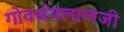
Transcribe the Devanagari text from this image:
गोवर्धनलालजी